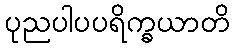
ပုညပါပပရိက္ခယာတိ